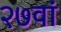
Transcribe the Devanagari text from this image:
२७वां